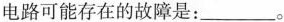
电路可能存在的故障是：___。